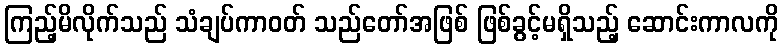
ကြည့်မိလိုက်သည် သံချပ်ကာဝတ် သည်တော်အဖြစ် ဖြစ်ခွင့်မရှိသည့် ဆောင်းကာလကို